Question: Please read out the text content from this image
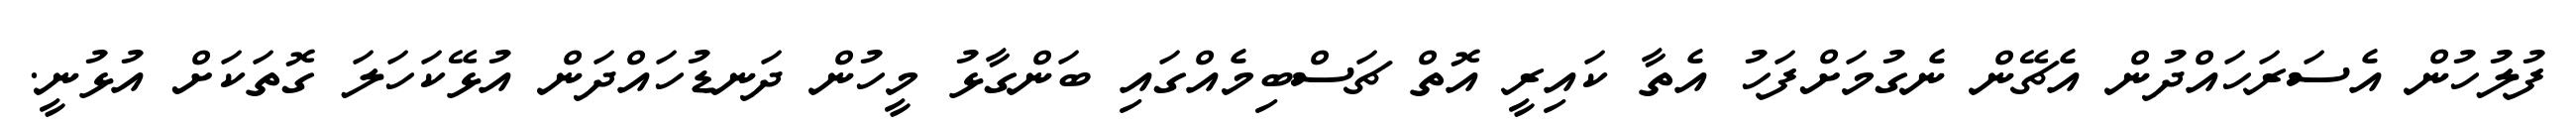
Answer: ފުލުހުން އެސަރަހައްދުން އެޗޭން ނެގުމަށްފަހު އެތާ ކައިރީ އޮތް ޗަސްބިމެއްގައި ބަންގާޅު މީހުން ދަނޑުހައްދަން އުޅޭކަހަލަ ގޮތަކަށް އުޅުނީ.